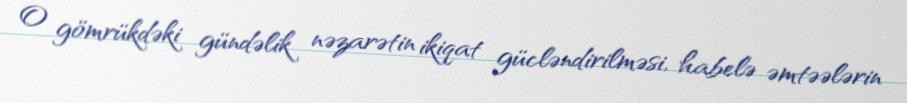
O gömrükdəki gündəlik nəzarətin ikiqat gücləndirilməsi, habelə əmtəələrin